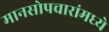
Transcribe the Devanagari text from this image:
मानसोपचारांमध्ये